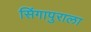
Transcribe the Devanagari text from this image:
सिंगापुराला